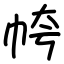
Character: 㡁